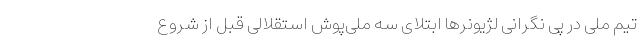
تیم ملی در پی نگرانی لژیونرها ابتلای سه ملی‌پوش استقلالی قبل از شروع